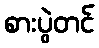
စားပွဲတင်